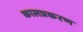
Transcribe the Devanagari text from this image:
कालप्रकरण